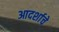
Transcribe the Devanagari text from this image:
आदर्शाचे